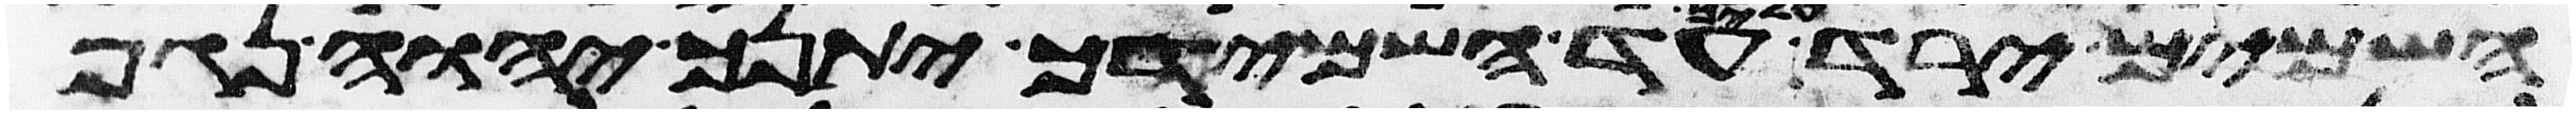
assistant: השמים ירד עליך עד השמידך יתנך יהוה נגף